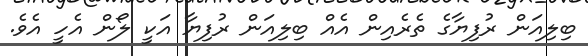
ބިލިއަން ރުފިޔާގެ ތެރެއިން އެއް ބިލިއަން ރުފިޔާ އަކީ ލޯން އެހީ އެވެ.